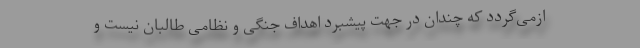
ا‌زمی‌گردد که چندان در جهت پیشبرد اهداف جنگی و نظامی طالبان نیست و